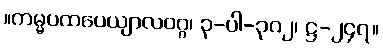
။ကမ္မပထပေယျာလဝဂ္ဂ၊ ၃-ပါ-၃၀၂၊ ဋ္ဌ-၂၄၇။